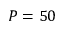
P = 5 0